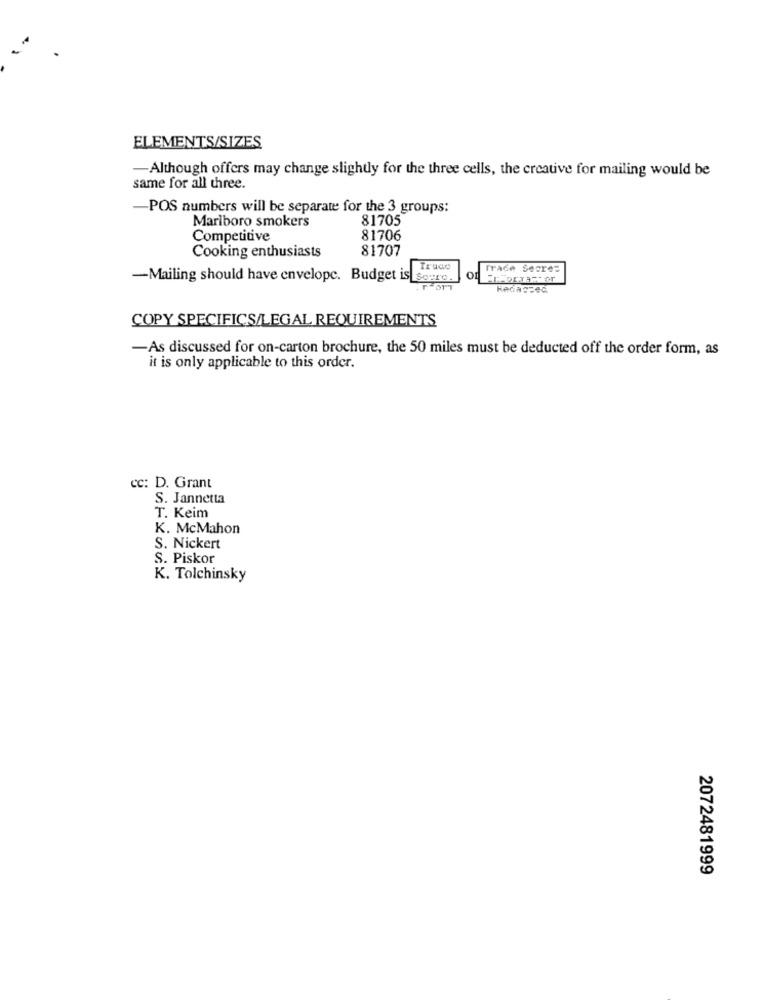
ELEMENTS/SIZES
-Although offers may change slightly for the three cells, the creative for mailing would be
same for all three.
-POS numbers will be separate for the 3 groups:
Marlboro smokers
81705
Competitive
81706
Cooking enthusiasts
81707
Truco
Trade Secret
-Mailing should have envelope. Budget is Soero.
COPY SPECIFICS/LEGAL REQUIREMENTS
-As discussed for on-carton brochure, the 50 miles must be deducted off the order form, as
it is only applicable to this order.
cc: D. Grant
S. Jannetta
T. Keim
K. McMahon
S. Nickert
S. Piskor
K. Tolchinsky
2072481999